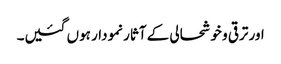
اور ترقی و خوشحالی کے آثار نمودار ہوں گئیں۔